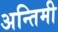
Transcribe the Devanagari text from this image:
अन्तिमी